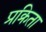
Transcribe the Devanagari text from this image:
प्रक्रिता